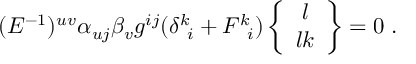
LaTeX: ( E ^ { - 1 } ) ^ { u v } \alpha _ { u j } \beta _ { v } g ^ { i j } ( \delta ^ { k } \! _ { i } + F ^ { k } \! _ { i } ) \left\{ \begin{array} { c } { { l } } \\ { { l k } } \end{array} \right\} = 0 \; .